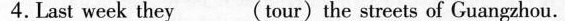
4.Last week they___(tour) the streets of Guangzhou.